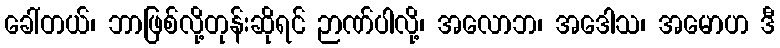
ခေါ်တယ်၊ ဘာဖြစ်လို့တုန်းဆိုရင် ဉာဏ်ပါလို့၊ အလောဘ၊ အဒေါသ၊ အမောဟ ဒီ